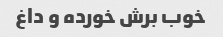
خوب برش خورده و داغ